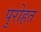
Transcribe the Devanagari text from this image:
पुरोहत